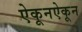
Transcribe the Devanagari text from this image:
ऐकूनऐकून